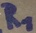
Text: R1